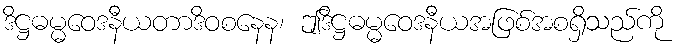
ဒိဋ္ဌဓမ္မဝေဒနီယတာဒိဝစနေန၊ ဤဒိဋ္ဌဓမ္မဝေဒနီယအဖြစ်အစရှိသည်ကို